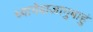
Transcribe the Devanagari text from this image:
ध्यायेदाजानुबाहुं